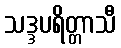
သဒ္ဒပရိတ္တာသီ